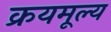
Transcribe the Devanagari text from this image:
क्रयमूल्य